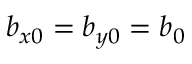
b _ { x 0 } = b _ { y 0 } = b _ { 0 }